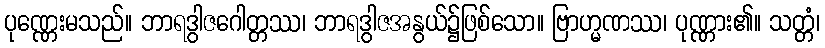
ပုဏ္ဏေးမသည်။ ဘာရဒွါဇဂေါတ္တဿ၊ ဘာရဒွါဇအနွယ်၌ဖြစ်သော။ ဗြာဟ္မဏဿ၊ ပုဏ္ဏား၏။ သတ္တံ၊